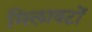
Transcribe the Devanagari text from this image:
मिलावटों